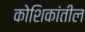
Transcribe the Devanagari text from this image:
कोशिकांतील